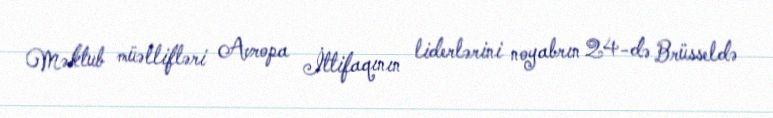
Məktub müəllifləri Avropa İttifaqının liderlərini noyabrın 24-də Brüsseldə